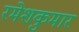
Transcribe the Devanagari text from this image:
रमेशकुमार